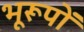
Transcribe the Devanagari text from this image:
भूरूपों